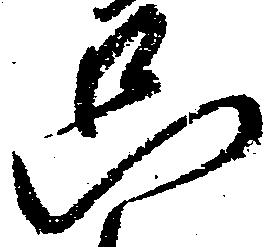
只